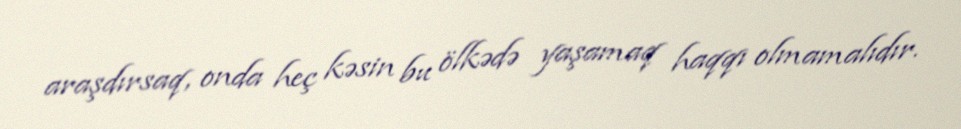
araşdırsaq, onda heç kəsin bu ölkədə yaşamaq haqqı olmamalıdır.